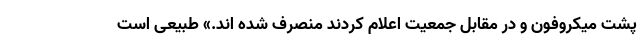
پشت میکروفون و در مقابل جمعیت اعلام کردند منصرف شده اند.» طبیعی است